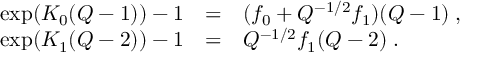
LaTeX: \begin{array} { r c l } { { \exp ( { \cal K } _ { 0 } ( Q - 1 ) ) - 1 } } & { { = } } & { { ( f _ { 0 } + Q ^ { - 1 / 2 } f _ { 1 } ) ( Q - 1 ) \; , } } \\ { { \exp ( { \cal K } _ { 1 } ( Q - 2 ) ) - 1 } } & { { = } } & { { Q ^ { - 1 / 2 } f _ { 1 } ( Q - 2 ) \; . } } \end{array}